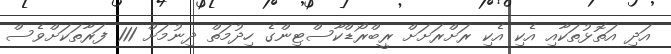
އަދި އަތޮޅުތަކާއި އެކި އެކި ރަށްރަށަށް ރީބްރޯޑްކާސްޓިންގެ ހިދުމަތް ދިނުމަށް 111 ފަރާތަކަށްވެސް